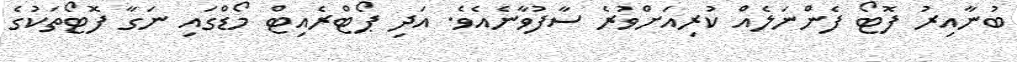
ބުނާއިރު ފޮޓޯ ފެންނަލެއް ކުރިއަށްވުރެ ސާފުވާނެއެވެ. އަދި ޕޯޓްރެއިޓް މޯޑްގައި ނަގާ ފޮޓޯތަކުގެ